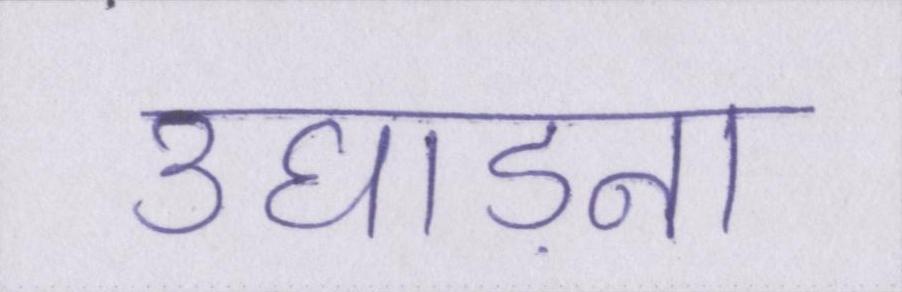
उघाड़ना